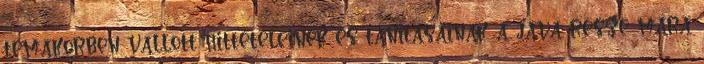
témakörben vallott hittételeinek és tanításainak a java része mára